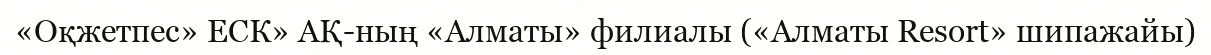
«Оқжетпес» ЕСК» АҚ-ның «Алматы» филиалы («Алматы Resort» шипажайы)